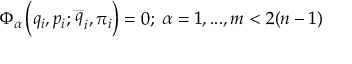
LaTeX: \Phi _ { \alpha } \left( q _ { i } , p _ { i } ; \stackrel { \_ } { q } _ { i } , \pi _ { i } \right) = 0 ; \; \alpha = 1 , . . . , m < 2 ( n - 1 )